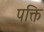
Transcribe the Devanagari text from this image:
पक्ति